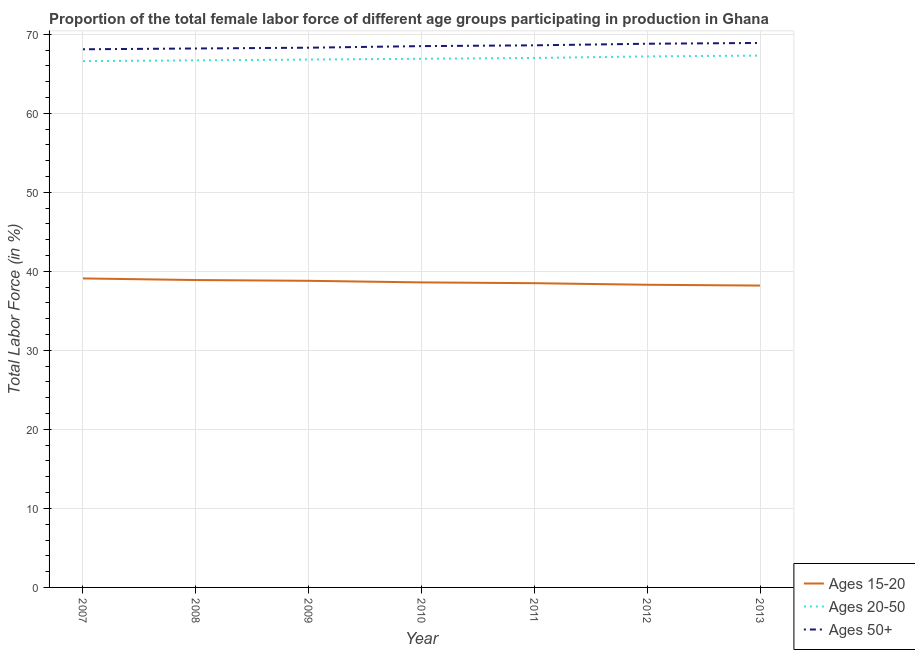
| Year | Ages 15-20 | Ages 20-50 | Ages 50+ |
 | --- | --- | --- | --- |
 | 2007 | 39.1 | 66.6 | 68.1 |
 | 2008 | 38.9 | 66.7 | 68.2 |
 | 2009 | 38.8 | 66.8 | 68.3 |
 | 2010 | 38.6 | 66.9 | 68.5 |
 | 2011 | 38.5 | 67 | 68.6 |
 | 2012 | 38.3 | 67.2 | 68.8 |
 | 2013 | 38.2 | 67.3 | 68.9 |